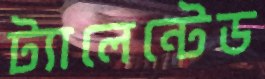
ট্যালেন্টেড